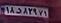
۱۸د۸۲۹۷۱